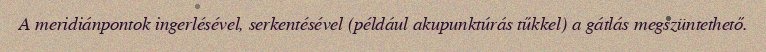
A meridiánpontok ingerlésével, serkentésével (például akupunktúrás tűkkel) a gátlás megszüntethető.